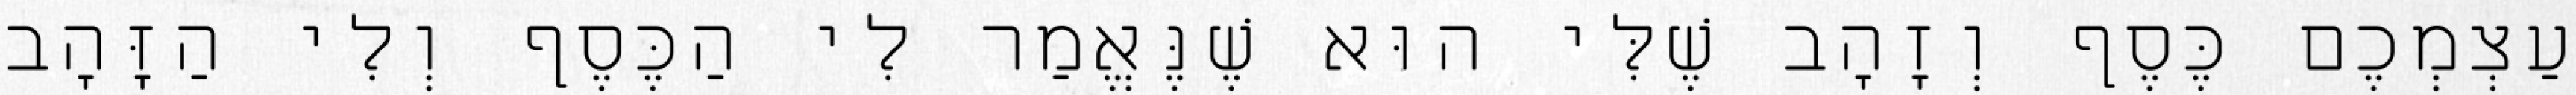
עַצְמְכֶם כֶּסֶף וְזָהָב שֶׁלִּי הוּא שֶׁנֶּאֱמַר לִי הַכֶּסֶף וְלִי הַזָּהָב